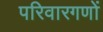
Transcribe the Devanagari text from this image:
परिवारगणों